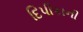
દિપીકાની